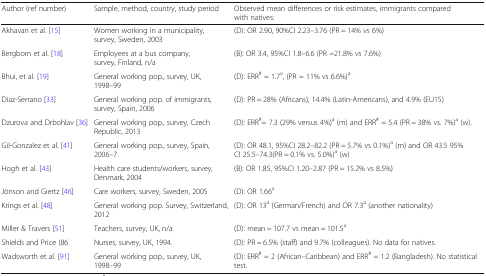
| Author (ref number) | Sample, method, country, study period | Observed mean differences or risk estimates, immigrants compared with natives: |
 | --- | --- | --- |
 | Akhavan et al. [15] | Women working in a municipality, survey, Sweden, 2003 | (D): OR 2.90, 90%CI 2.23–3.76 (PR = 14% vs 6%) |
 | Bergbom et al. [18] | Employees at a bus company, survey, Finland, n/a | (B): OR 3.4, 95%CI 1.8–6.6 (PR =21.8% vs 7.6%) |
 | Bhui, et al. [19] | General working pop., survey, UK, 1998–99 | (D): ERR# = 1.7a, (PR = 11% vs 6.6%)a |
 | Diaz-Serrano [33] | General working pop. of immigrants, survey, Spain, 2006 | (D): PR = 28% (Africans), 14.4% (Latin-Americans), and 4.9% (EU15) |
 | Dzurova and Drbohlav [36] | General working pop., survey, Czech Republic, 2013 | (D): ERR#= 7.3 (29% versus 4%)a (m) and ERR# = 5.4 (PR = 38% vs. 7%)a (w). |
 | Gil-Gonzalez et al. [41] | General working pop., survey, Spain, 2006–7 | (D): OR 48.1, 95%CI 28.2–82.2 (PR = 5.7% vs 0.1%)a (m) and OR 43.5 95%CI 25.5–74.3(PR = 0.1% vs. 5.0%)a (w) |
 | Hogh et al. [43] | Health care students/workers, survey, Denmark, 2004 | (B): OR 1.85, 95%CI 1.20–2.87 (PR = 15.2% vs 8.5%) |
 | Jönson and Giertz [46] | Care workers, survey, Sweden, 2005 | (D): OR 1.66a |
 | Krings et al. [48] | General working pop. Survey, Switzerland, 2012 | (D): OR 13a (German/French) and OR 7.3a (another nationality) |
 | Miller & Travers [51] | Teachers, survey, UK, n/a | (D): mean = 107.7 vs mean = 101.5a |
 | Shields and Price (86 | Nurses, survey, UK, 1994. | (D): PR = 6.5% (staff) and 9.7% (colleagues). No data for natives. |
 | Wadsworth et al. [91] | General working pop., survey, UK, 1998–99 | (D): ERR# = 2 (African–Caribbean) and ERR# = 1.2 (Bangladesh). No statistical test. |